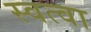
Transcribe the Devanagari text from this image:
स्वत्वा